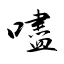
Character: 嚍